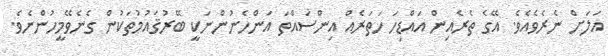
އަލަށް ނެރެވެއެވެ. އޭގެ ތެރެއިން އައްޑިހަ ހަތަރެއް އިންސައްތަ އަންހެނުންނަކީ ބޭރުޤައުމުތަކުން ގެނެވޭމީހުންނެވެ.